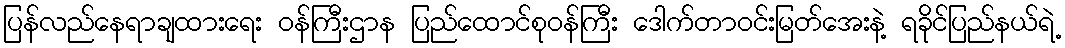
ပြန်လည်နေရာချထားရေး ဝန်ကြီးဌာန ပြည်ထောင်စုဝန်ကြီး ဒေါက်တာဝင်းမြတ်အေးနဲ့ ရခိုင်ပြည်နယ်ရဲ့